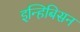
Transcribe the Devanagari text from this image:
इन्हिबिसन